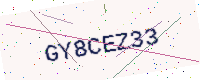
Text: GY8CEZ33